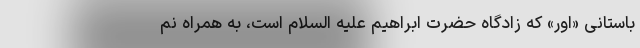
باستانی «اور» که زادگاه حضرت ابراهیم علیه السلام است، به همراه نم